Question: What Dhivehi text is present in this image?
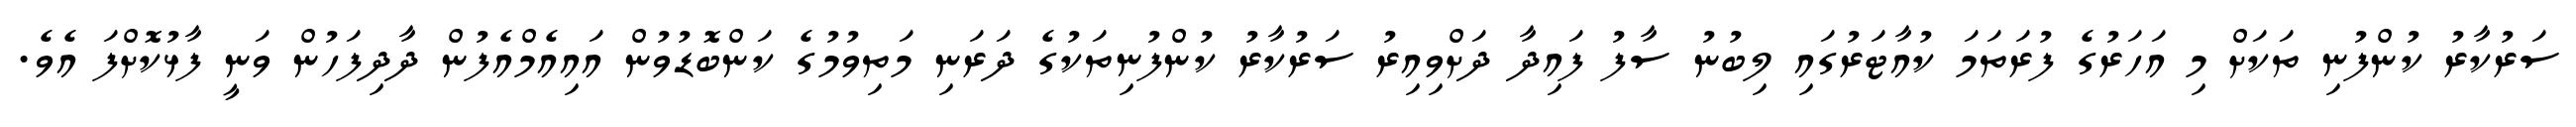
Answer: ސަރުކާރު ކުންފުނި ތަކަށް މި އަހަރުގެ ފުރަތަމަ ކުއާޓަރުގައި ލިބުނު ސާފު ފައިދާ ދަށްވިއިރު ސަރުކާރު ކުންފުނިތަކުގެ ދަރަނި މަތިވުމުގެ ކަންބޮޑުވުން އައިއެމްއެފުން ދާދިފަހުން ވަނީ ފާޅުކޮށްފަ އެވެ.